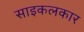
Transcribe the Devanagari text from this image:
साइकलकार